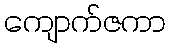
ကျောက်ဇကာ